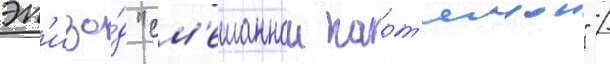
эп'изо́д "см'ешаннои карт'инои" /